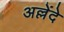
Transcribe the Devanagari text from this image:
अल्लेंदे